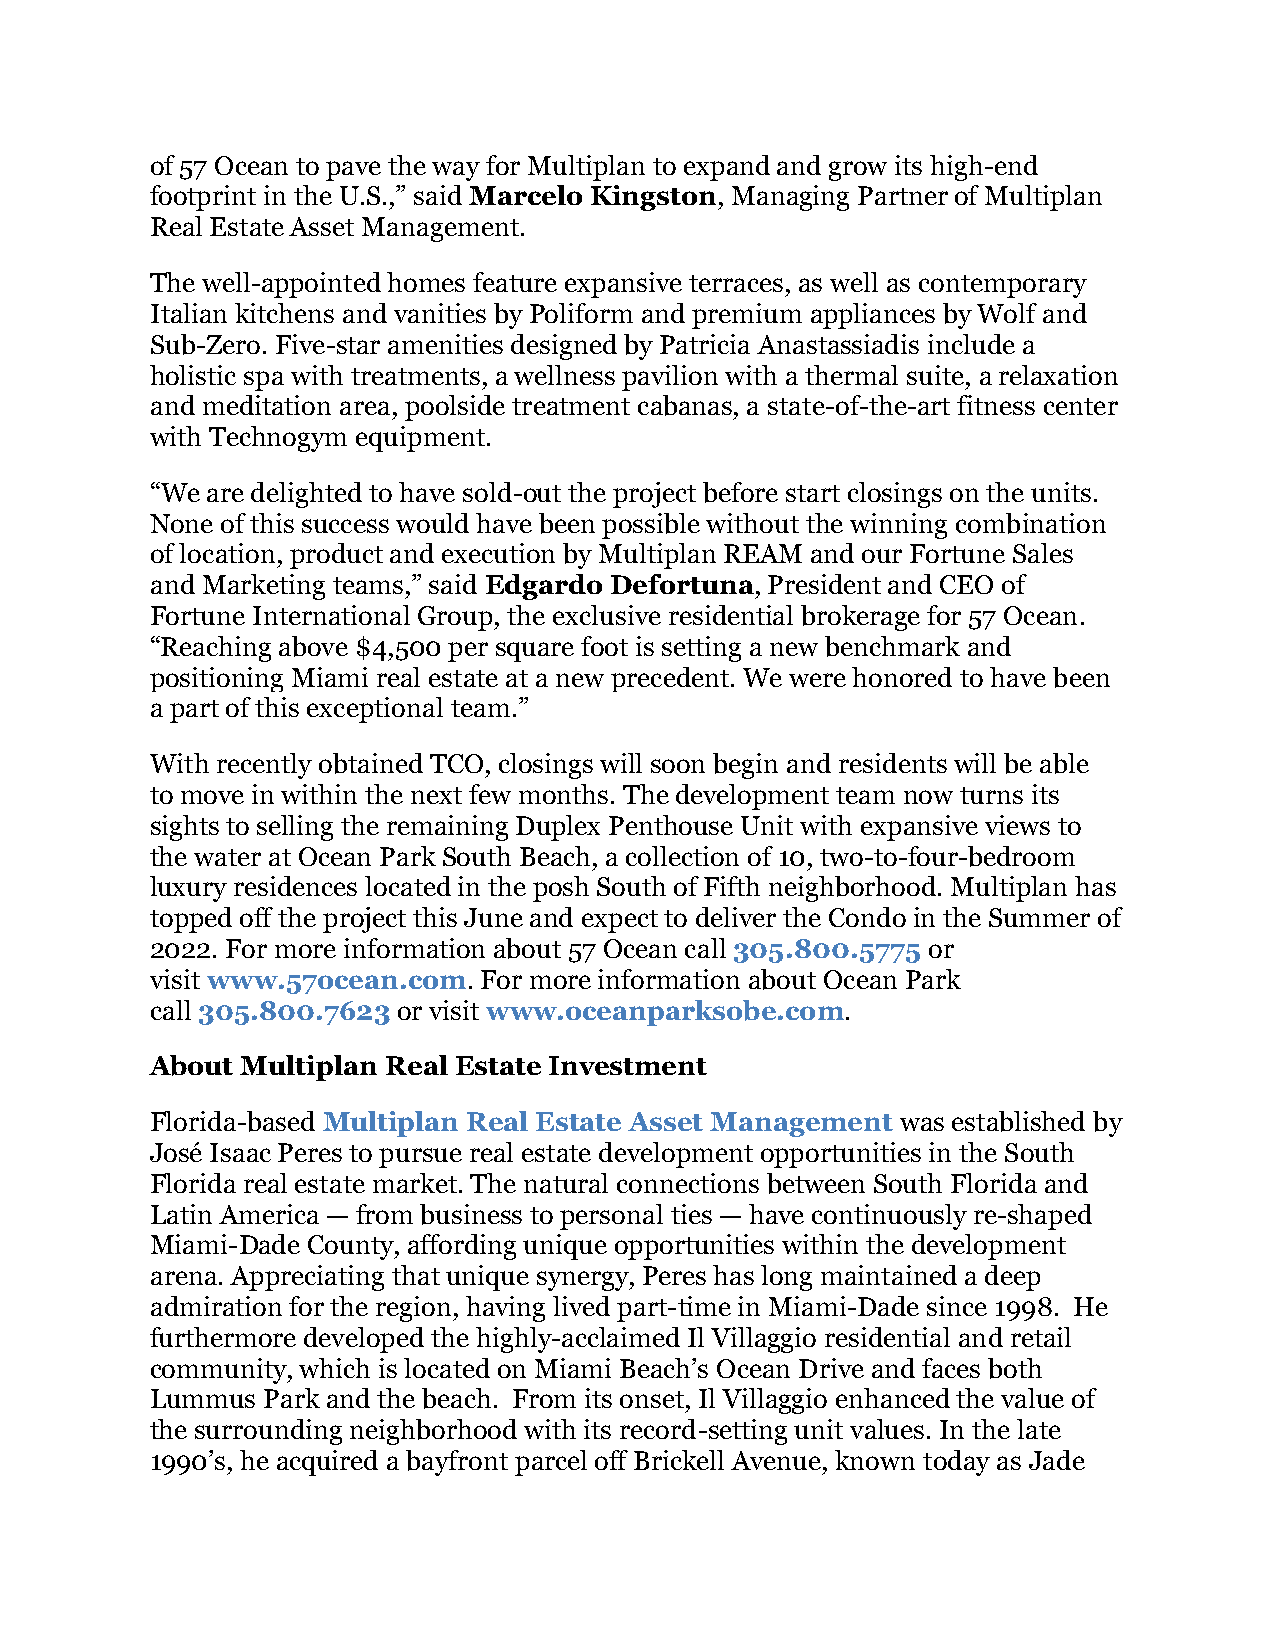
of 57 Ocean to pave the way for Multiplan to expand and grow its high-end
 footprint in the U.S.,” said Marcelo Kingston, Managing Partner of Multiplan
 Real Estate Asset Management.
 The well-appointed homes feature expansive terraces, as well as contemporary
 Italian kitchens and vanities by Poliform and premium appliances by Wolf and
 Sub-Zero. Five-star amenities designed by Patricia Anastassiadis include a
 holistic spa with treatments, a wellness pavilion with a thermal suite, a relaxation
 and meditation area, poolside treatment cabanas, a state-of-the-art fitness center
 with Technogym equipment.
 “We are delighted to have sold-out the project before start closings on the units.
 None of this success would have been possible without the winning combination
 of location, product and execution by Multiplan REAM and our Fortune Sales
 and Marketing teams,” said Edgardo Defortuna, President and CEO of
 Fortune International Group, the exclusive residential brokerage for 57 Ocean.
 “Reaching above $4,500 per square foot is setting a new benchmark and
 positioning Miami real estate at a new precedent. We were honored to have been
 a part of this exceptional team.”
 With recently obtained TCO, closings will soon begin and residents will be able
 to move in within the next few months. The development team now turns its
 sights to selling the remaining Duplex Penthouse Unit with expansive views to
 the water at Ocean Park South Beach, a collection of 10, two-to-four-bedroom
 luxury residences located in the posh South of Fifth neighborhood. Multiplan has
 topped off the project this June and expect to deliver the Condo in the Summer of
 2022. For more information about 57 Ocean call 305.800.5775 or
 visit www.57ocean.com. For more information about Ocean Park
 call 305.800.7623 or visit www.oceanparksobe.com.
 About Multiplan Real Estate Investment
 Florida-based Multiplan Real Estate Asset Management was established by
 José Isaac Peres to pursue real estate development opportunities in the South
 Florida real estate market. The natural connections between South Florida and
 Latin America — from business to personal ties — have continuously re-shaped
 Miami-Dade County, affording unique opportunities within the development
 arena. Appreciating that unique synergy, Peres has long maintained a deep
 admiration for the region, having lived part-time in Miami-Dade since 1998. He
 furthermore developed the highly-acclaimed Il Villaggio residential and retail
 community, which is located on Miami Beach’s Ocean Drive and faces both
 Lummus Park and the beach. From its onset, Il Villaggio enhanced the value of
 the surrounding neighborhood with its record-setting unit values. In the late
 1990’s, he acquired a bayfront parcel off Brickell Avenue, known today as Jade